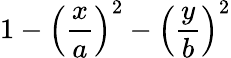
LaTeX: \displaystyle 1-\left(\frac{x}{a}\right)^{2}-\left(\frac{y}{b}\right)^{2}